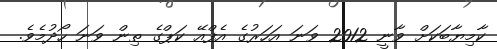
ކާމިޔާބަކަށް ވާނީ 2012 ވަނަ އަހަރުގެ އެފްއޭ ކަޕްގެ ތިން ވަނަ ހޯދުމެވެ.